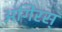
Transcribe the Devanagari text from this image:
अंगिरस्‌